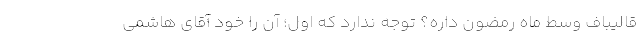
قالیباف وسط ماه رمضون داره؟ توجه ندارد که اول؛ آن را خود آقای هاشمی